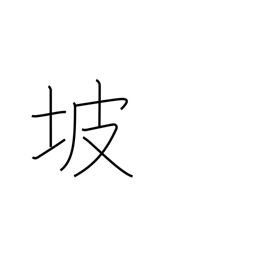
Meaning: dam